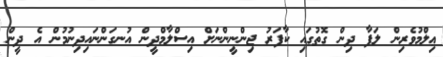
ޢިލްމުވެރިން ލަފާ ދިން ގޮތުގައި ކާފަރު ޖިންނީންނަށް އިސްލާމްދީން އުނގަންނައިދިނުމުން އެ ދީން